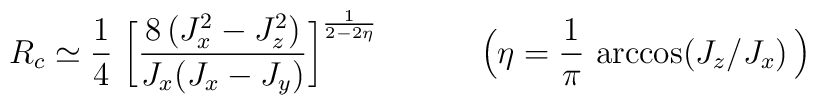
R_c\simeq \frac{1}{4}\  \bigg[       \frac{8\, (  J^2_x-J_z^2)}{J_x(J_x-J_y)}\bigg]^{\frac{1}{2-2\eta}}\,    \quad\qquad    \Big(\eta=\frac{1}{\pi}\, \arccos(J_z/J_x)\, \Big)